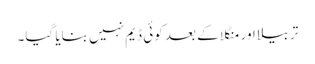
تربیلا اور منگلا کے بعد کوئی ڈیم نہیں بنایا گیا۔